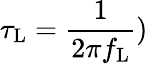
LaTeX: \tau_{\mathrm{L}}=\frac{1}{2\pi f_{\mathrm{L}}})